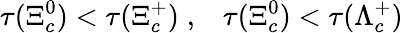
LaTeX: \tau(\Xi_{c}^{0})<\tau(\Xi_{c}^{+})\; ,\; \; \; \tau(\Xi_{c}^{0})<\tau(\Lambda_{c}^{+})